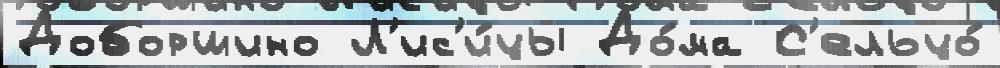
Доборшино Л'ис'и́цы До́ма С'ельцо́